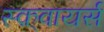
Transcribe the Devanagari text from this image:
स्क़्वायर्स